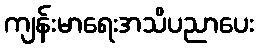
ကျန်းမာရေးအသိပညာပေး